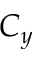
C _ { y }